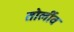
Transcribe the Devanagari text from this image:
तोर्लीव